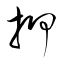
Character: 押